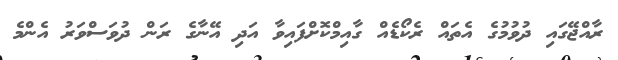
ރާއްޖޭގައި ދުވުމުގެ އެތައް ރެކޯޑެއް ގާއިމްކޮށްފައިވާ އަދި އޭނާގެ ރަން ދުވަސްވަރު އެންމެ